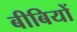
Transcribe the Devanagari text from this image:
बीबियों